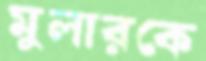
মুলারকে